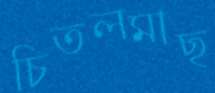
চিতলমাছ